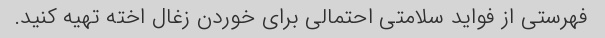
فهرستی از فواید سلامتی احتمالی برای خوردن زغال اخته تهیه کنید.